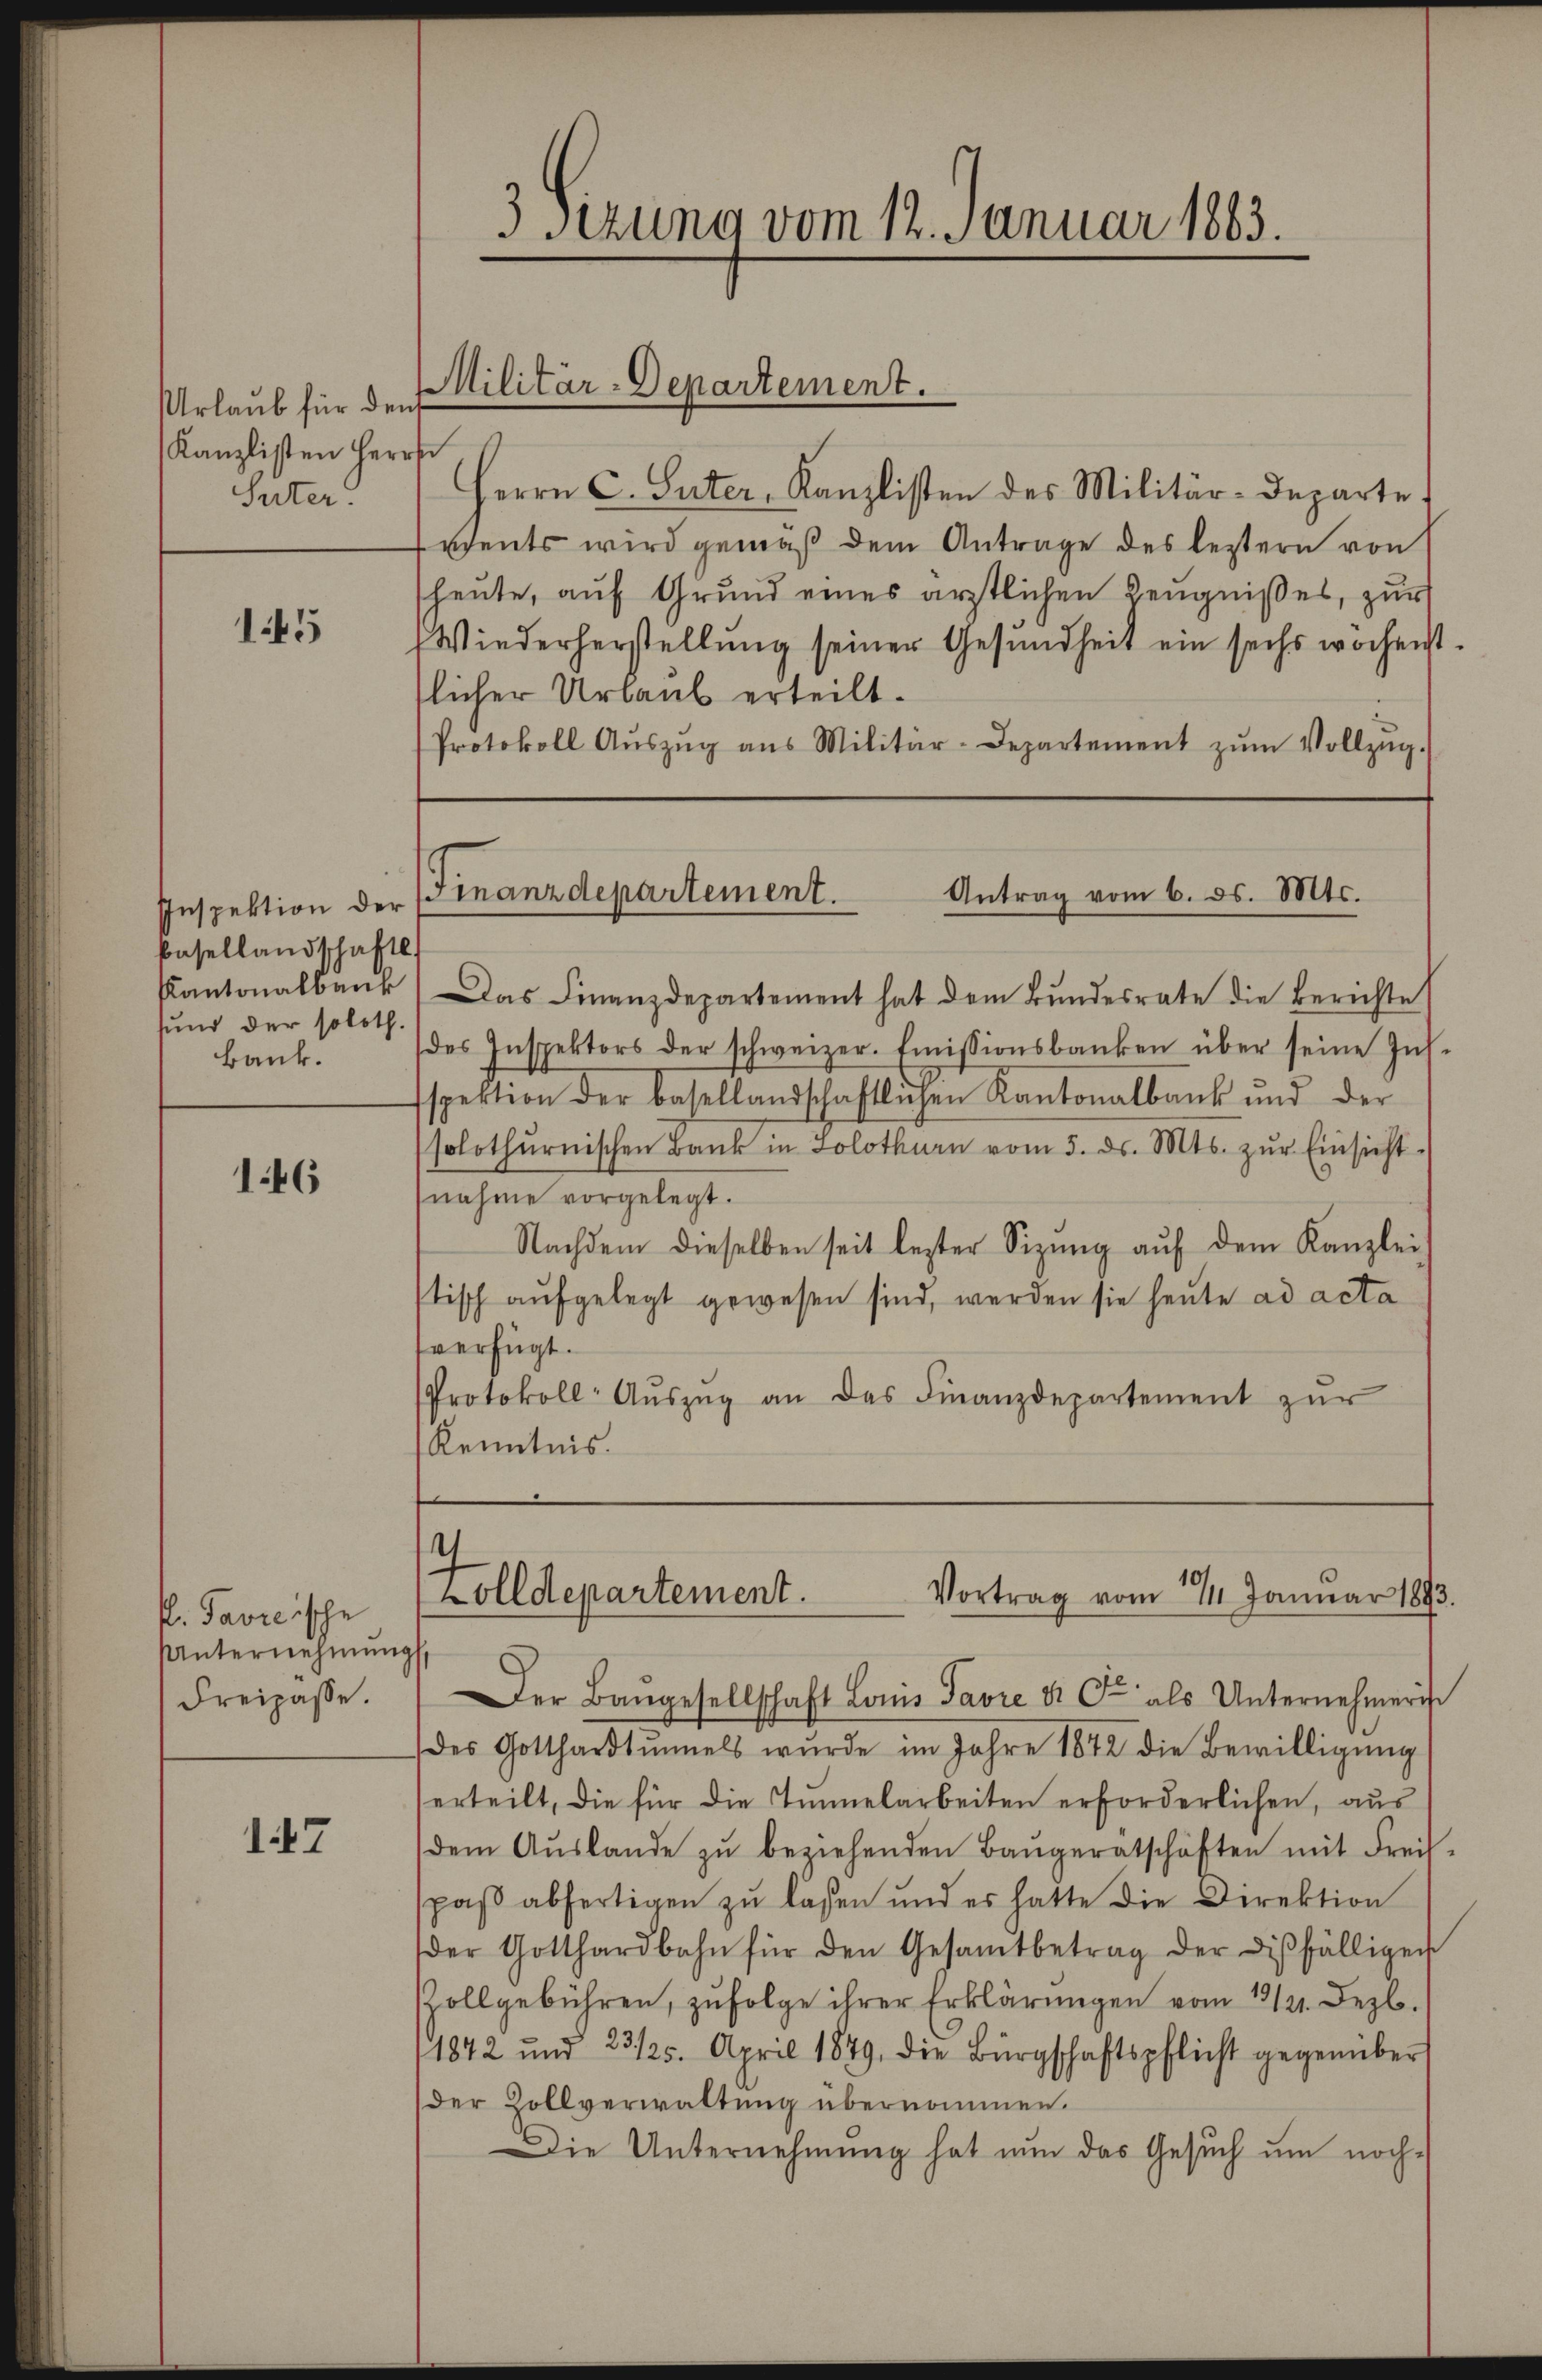
Urlaub für den
Kanzlisten Herrs
Suter.

145

Basellandschaftl.
sund der soloth.
Bank.

146

P. Pavicische
Unternehmung
Freipasse.

147

Herrn C. Suter, Kanzlisten des Militär-Departe
eents wird gemäß dem Antrage des leztern von
heute, auf Grund eines ärztlichen Zeugnißes, zur
Wiederherstellung seiner Gesundheit ein sechs wöchenst
flicher Urlaub erteilt.
Protokoll Aŭszŭg ans Militär-Departement zŭm Vollzŭg.

3 sezung vom 12. Januar 1863.

Militär-Departement.

Kantonalbaŭr (Das Finanzdepartement hat dem Bŭndesrate die Berichte
des Inspektors der schweizer. Emissionsbanken über seine Ins-
spektion der basellandschaftlichen Kantonalbank und der
solothurnischen Bank in Solothurn vom 5. ds. Mts. zŭr Einsicht
nahme vorgelegt.
Nachdem dieselben seit lezter Sizŭng aŭf dem Kanzlei
stisch aŭfgelegt gewesen sind, werden sie heute ad acta
verfügt.
Protokoll- Aŭszŭg an das Finanzdepartement zŭr
Kenntnis.

Antrag vom 6. ds. Mts.
Inspektion der Finanzdepartement.

4
olldepartement.
Vortrag vom 21. Januar 1893.
Der Baŭgesellschaft Louis Favre & Cie als Unternehmeri

.

des Gotthardtŭnels wŭrde im Jahre 1842 die Bewilligŭng
erteilt, die für die Tunnelarbeiten erforderlichen, aus
dem Aŭslande zŭ beziehenden Baŭgerätschäften mit Freis-
spaß abfertigen zu lassen und es hatte die Direktion
der Gotthardbahn für den Gesamtbetrag der disfälligen
ollgebühren, zŭfolge ihrer Erklärŭngen vom 19/21. Dezb.
1872 und 23/25. April 1879, die Bürgschaftspflicht gegenüber
der Zollverwaltung übernommen.
Die Unternehmung hat nun das Gesuch um noch¬